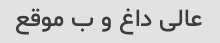
عالی داغ و ب موقع